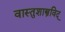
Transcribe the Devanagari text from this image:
वास्तुशास्त्रविद्